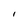
Character: I